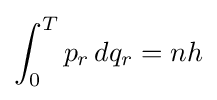
\int _{0}^{T}p_{r}\,dq_{r}=nh